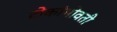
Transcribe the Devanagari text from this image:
टोकांभोवती